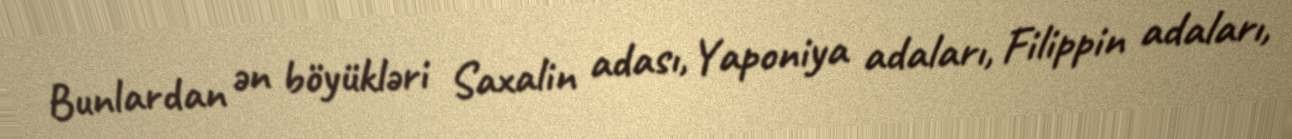
Bunlardan ən böyükləri Saxalin adası, Yaponiya adaları, Filippin adaları,